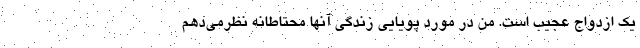
یک ازدواج عجیب است. من در مورد پویایی زندگی آنها محتاطانه نظرمی‌دهم